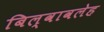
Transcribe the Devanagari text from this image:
बिल्वावलेह